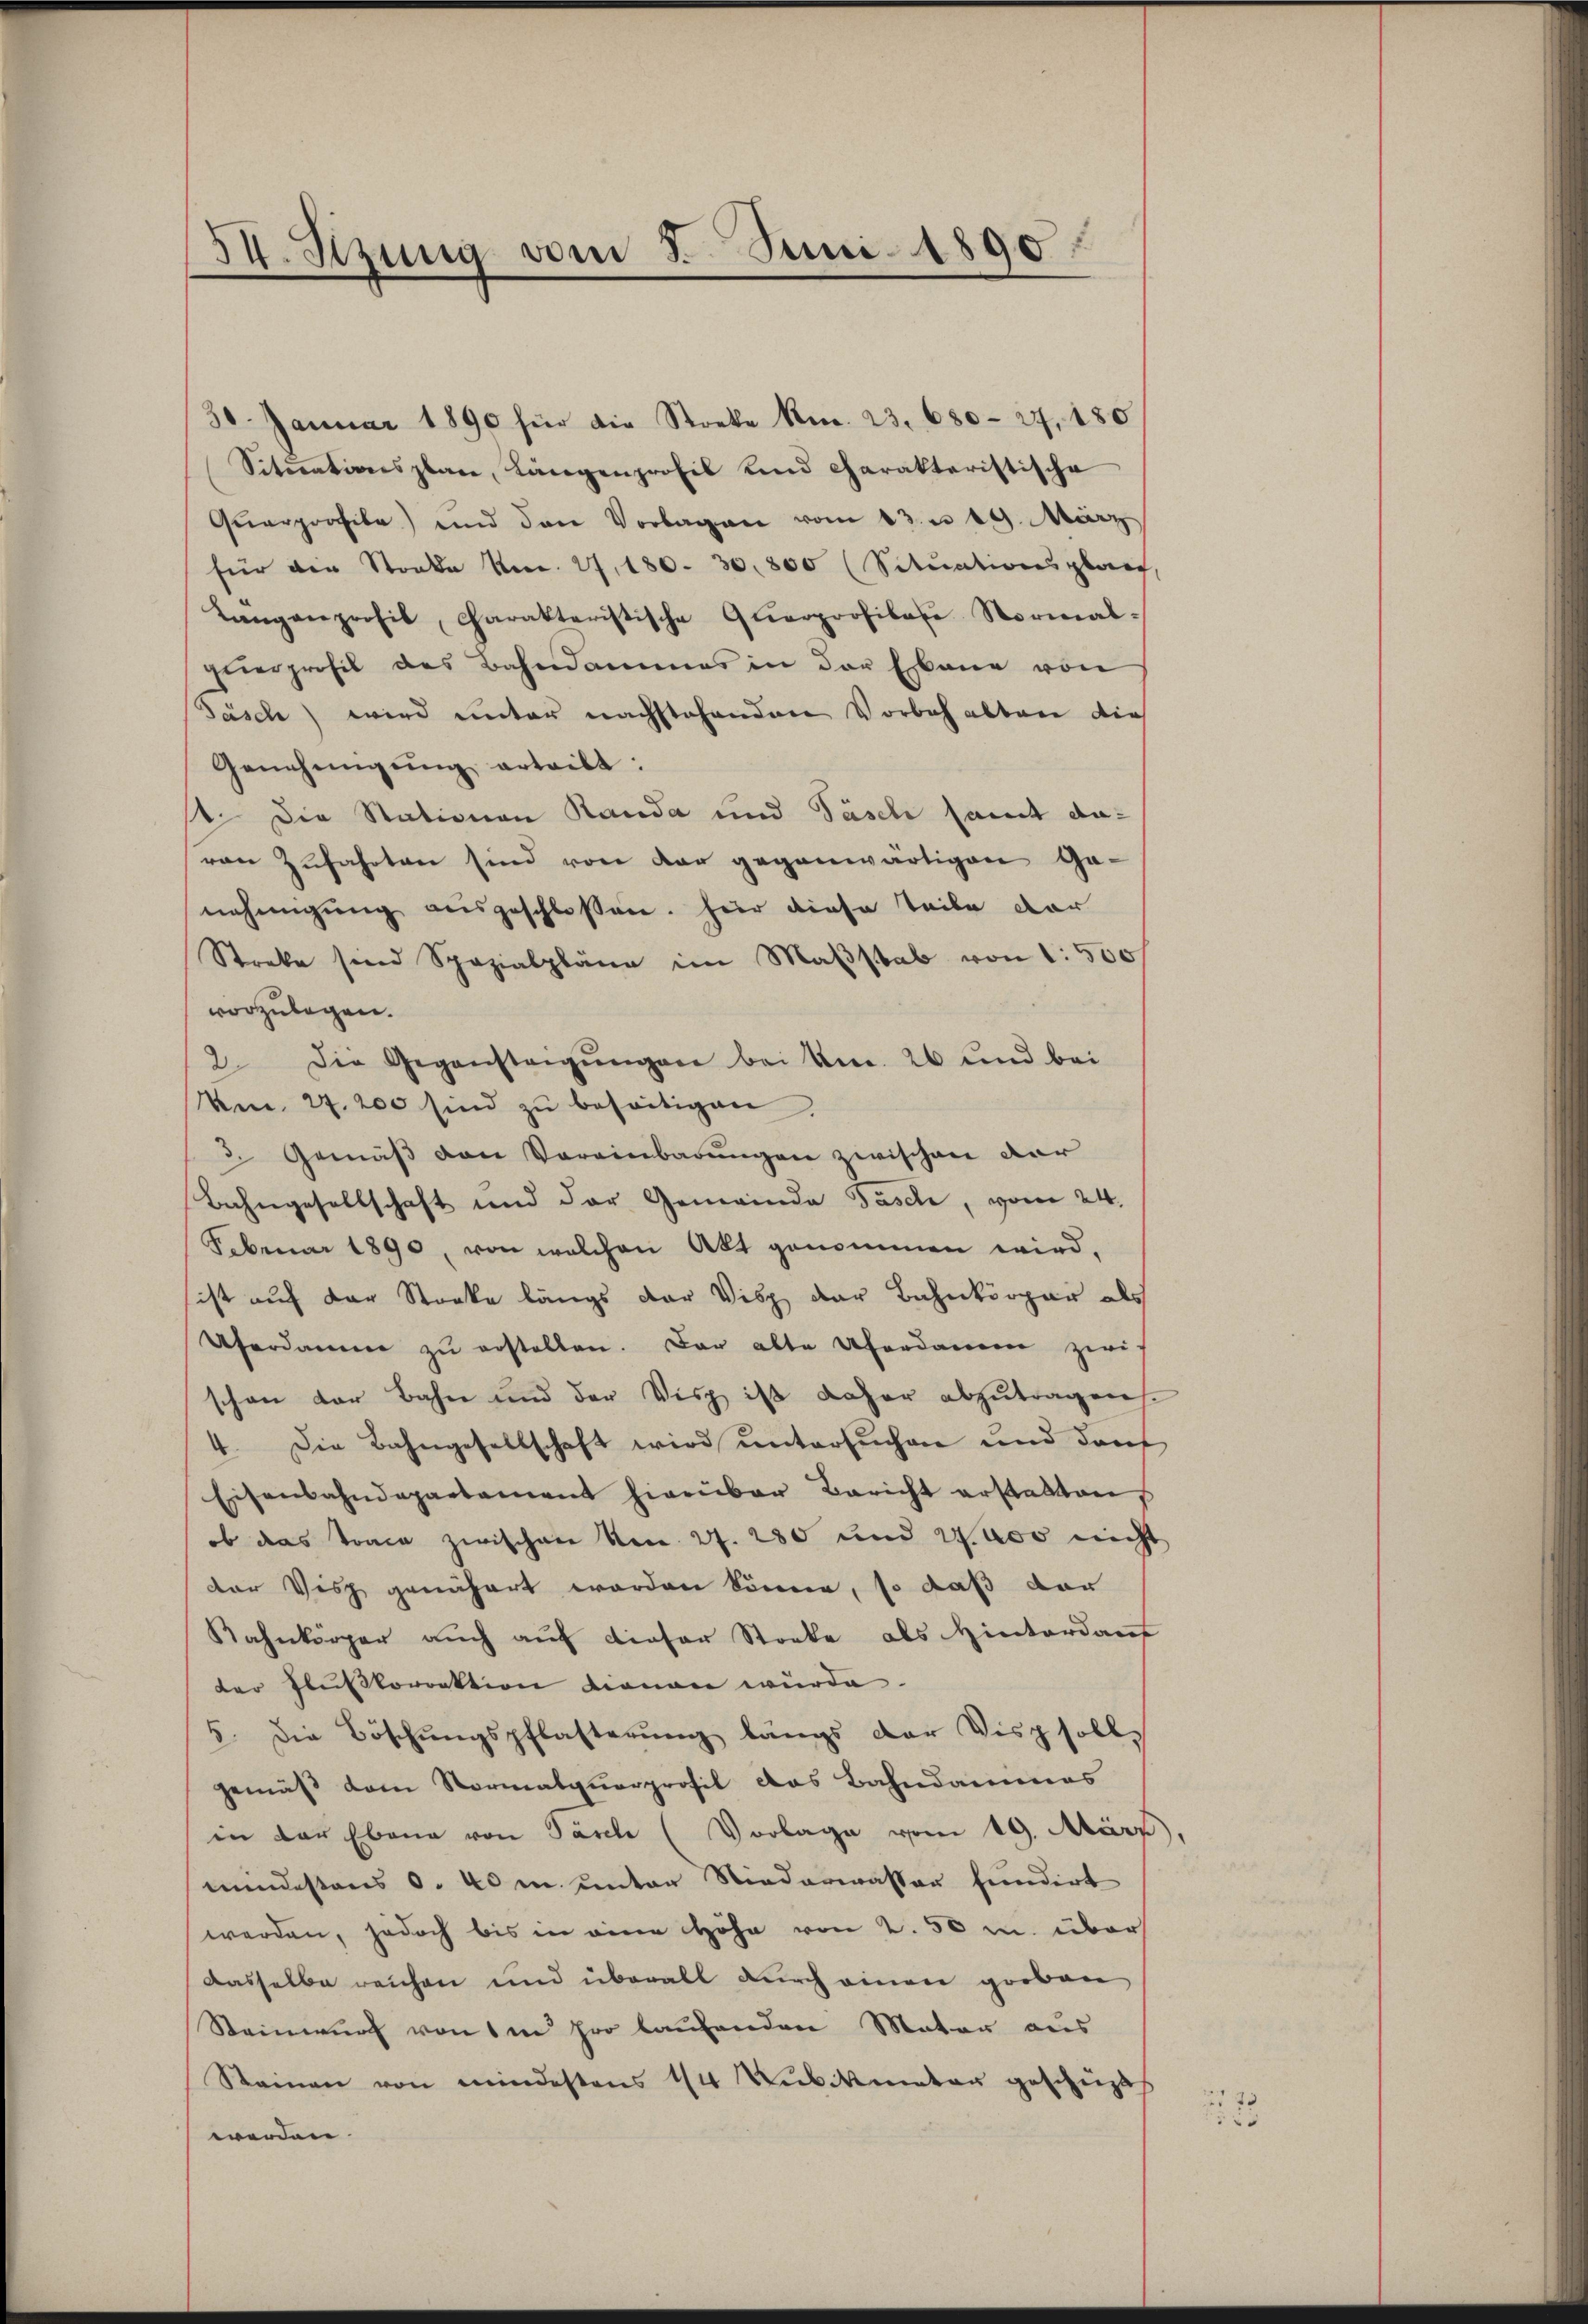
54. Szung vom 8. Juni 1890

30. Januar 1890 für die Stocke Nr. 23. 680-27, 180
Situationsplan, Längenprofil und charakteristische
Qŭarprofile) und den Vorlagen vom 13. u 19. März
für die Stocke Nr. 27, 180. 30,800 (Situationsplant,
Langanprofil, Charakteristische Querpoofibale Normal-
zierprofil des Bahndammes in der Erbene von
Täsch) wird unter nachstehenden Vorbehalten die
Genehmigŭng erteilt:
st. Die Stationen Randa und Pasch samt davon Zufahrten sind von der gegenwärtigen Ganehmigung ausgeschlossen. Hier diese Teile dar
Streke sind Spazialpläne im Maβstab von 1. 500
vorzulegen.
2. Die Gegensteigŭngen bei Am. 26 und bei
Am. 27. 200 sind zu beseitigen,
3. Gemäβ den Vereinbarungen zwischen dar
Bahngesellschaft und der Gemeinde Pasch, vom 24.
Februar 1890, von welchen Akt genommen wird,
ist auf der Stocke längs der Visp der Bahnkörper als
Aherdamme zŭ erstellen. Der alte Abordamen zwis
schon der Bahn und der Visp ist daher abzutragen
4. Die Bahngesellschaft wird untersuchen und dan
Eisenbahndepartement hierüber Bericht erstatten
ob das Tonce zwischen No 27. 280 und Wass nicht
der Visz genähert worden könne, so daß der
Rahnkörper auch auf dieser Stocke als Hinterdant
der Flußkorrektion dienen würde.
5. Die Böschŭngspflasterŭng längs der Disp sollgemäß dem Normalquarprofil das Bahndammas
in der Ebene von Pasch (Vorlage vom 19. März),
mindestens S. 40 m unter Niederwasser fundirt
werden, jedoch bis in eine Höhe von 2. 50 u. über
dasselbe reichen und überall durch einen groben
Steinwurf von 1 in pro laufenden Mater aus
Steinen von mindestens 14 Kubikmeter geschüzt
werden.

7.
5